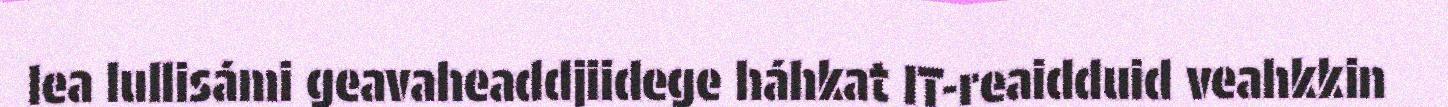
lea lullisámi geavaheaddjiidege háhkat IT-reaidduid veahkkin